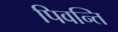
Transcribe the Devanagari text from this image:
पिवन्ति